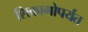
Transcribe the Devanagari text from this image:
शिकागोपर्यंत